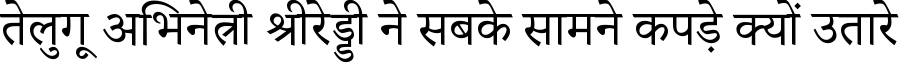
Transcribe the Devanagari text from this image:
तेलुगू अभिनेत्री श्रीरेड्डी ने सबके सामने कपड़े क्यों उतारे